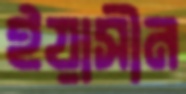
ইয়াসীন